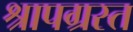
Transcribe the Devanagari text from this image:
श्रापग्रस्त